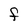
Character: F